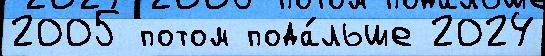
2005 потом пода́льше 2024